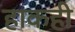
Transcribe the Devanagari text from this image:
हाकही